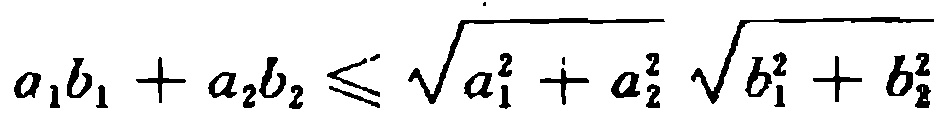
\(a_{1}b_{1} + a_{2}b_{2} \leqslant \sqrt{a_{1}^{2} + a_{2}^{2}} \sqrt{b_{1}^{2} + b_{2}^{2}}\)